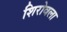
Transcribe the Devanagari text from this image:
शिरोवला